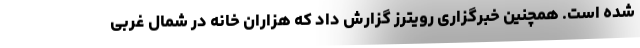
شده است. همچنین خبرگزاری رویترز گزارش داد که هزاران خانه در شمال غربی